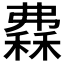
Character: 𥡀